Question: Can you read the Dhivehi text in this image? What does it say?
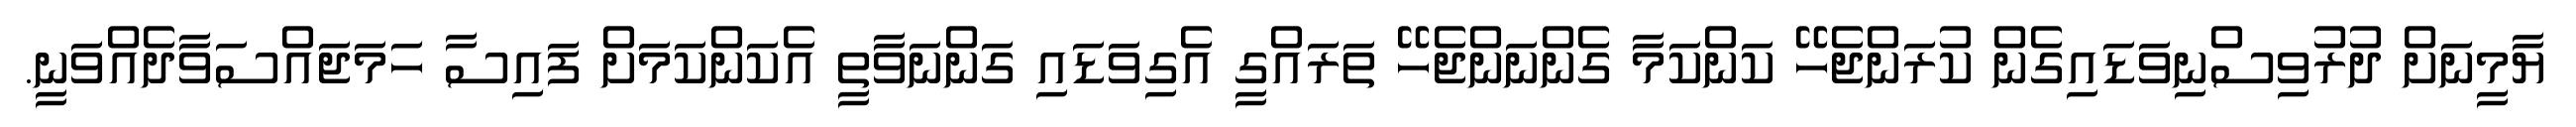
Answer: ޔާމީނަށް ދުރުވިސްނިވަޑައިގެން ކުރަންޖެހޭ ކަންކަމާ ގެންނަންޖެހޭ ތަރައްގީ އެގިވަޑައި ގަންނަވާތީ އެކަންކަމަށް ފައިސާ ހަމަޖައްސަވާދެއްވަނީ.